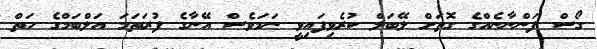
ގޯސް ފަންނާނެއްގެ ގޮތަށް ލޭބަލް ކުރެވިފައިވީ ނަމަވެސް އޭނާގެ ފުރަތަމަ އަލްބަމްގެ ހަތް